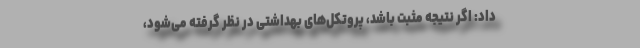
داد: اگر نتیجه مثبت باشد، پروتکل‌های بهداشتی در نظر گرفته می‌شود،